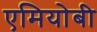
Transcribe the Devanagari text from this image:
एमियोबी